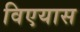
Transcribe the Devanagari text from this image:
विएयास